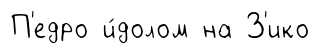
П'едро и́долом на З'ико